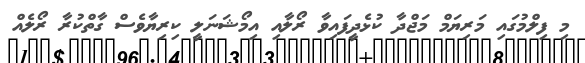
މި ފިލްމުގައި މަރިޔަމް މަޖްދާ ކުޅެދީފައިވާ ރޯލާއި އިމޯޝަނަލީ ކިރިޔާވެސް ގާތްކުރާ ރޯލެއް